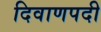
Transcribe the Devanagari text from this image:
दिवाणपदी